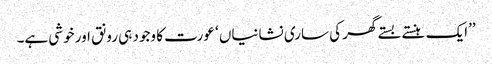
’’ایک ہنستے بستے گھر کی ساری نشانیاں ‘ عورت کا وجود ہی رونق اور خوشی ہے۔